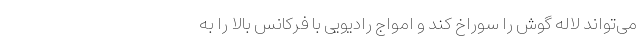
می‌تواند لاله گوش را سوراخ کند و امواج رادیویی با فرکانس بالا را به